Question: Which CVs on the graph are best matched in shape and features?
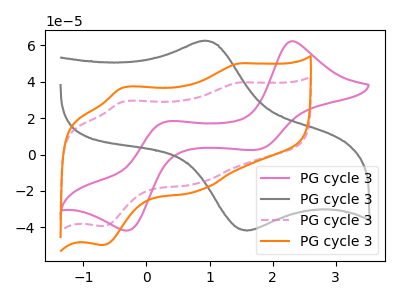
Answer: <think>The pink curve "PG cycle 31" has anodic peaks at (2.30V, 62.20uA) (0.30V, 17.85uA) and cathodic peaks at (1.75V, 2.70uA) (-0.30V, -41.75uA). The gray curve "PG cycle 32" has an anodic peak at (0.90V, 62.30uA) and a cathodic peak at (1.60V, -41.75uA). The pink dashed curve "PG cycle 33" has anodic peaks at (1.45V, 39.50uA) (-0.35V, 29.00uA) and cathodic peaks at (0.80V, -15.95uA) (-0.70V, -39.25uA). The orange curve "PG cycle 34" has anodic peaks at (1.45V, 49.95uA) (-0.35V, 36.65uA) and cathodic peaks at (0.80V, -20.15uA) (-0.70V, -49.65uA).
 "PG cycle 31" and "PG cycle 32" have a different number of peaks. "PG cycle 31" and "PG cycle 33" have at least one peak that do not match. "PG cycle 31" and "PG cycle 34" have at least one peak that do not match. "PG cycle 32" and "PG cycle 33" have a different number of peaks. "PG cycle 32" and "PG cycle 34" have a different number of peaks. All the peaks in "PG cycle 33" have a peak in "PG cycle 34" at the same potential. Every peak in "PG cycle 33" is lower than every peak in "PG cycle 34".</think>
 <answer>"PG cycle 33" and "PG cycle 34" have the same shape and are likely CV's of the same chemical.</answer>
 <eval>"PG cycle 33" "PG cycle 34"</eval>